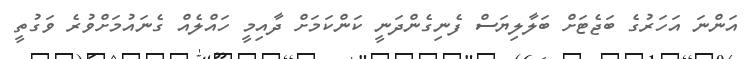
އަންނަ އަހަރުގެ ބަޖެޓަށް ބަލާލިޔަސް ފެނިގެންދަނީ ކަންކަމަށް ދާއިމީ ހައްލެއް ގެނައުމަށްވުރެ ވަގުތީ